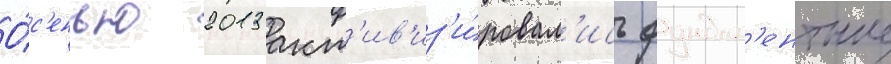
О́с'енью 2013 акт'ив'из'и́ровал'ись фундам'ентные